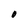
Character: O